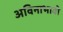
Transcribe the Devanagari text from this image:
अविनाभावी